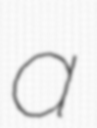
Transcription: a